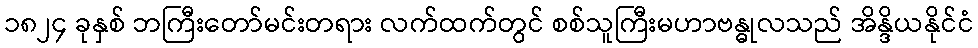
၁၈၂၄ ခုနှစ် ဘကြီးတော်မင်းတရား လက်ထက်တွင် စစ်သူကြီးမဟာဗန္ဓုလသည် အိန္ဒိယနိုင်ငံ